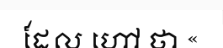
ដែល ហៅ ថា «